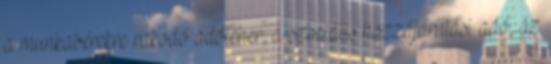
a munkabérekre rakodó adóteher, a szociális hozzájárulási adó, az